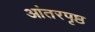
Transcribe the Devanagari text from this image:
आंतरपृष्ठ